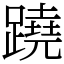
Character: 蹺